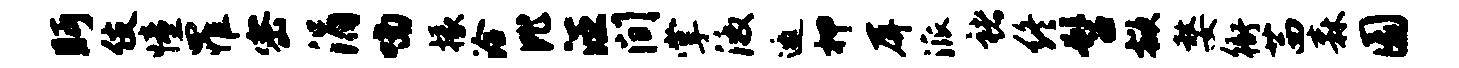
眄伎憧罹密涓喃掾洽比汪间掌激邀柙屏派褚终髫掀嫠衙茜森圜